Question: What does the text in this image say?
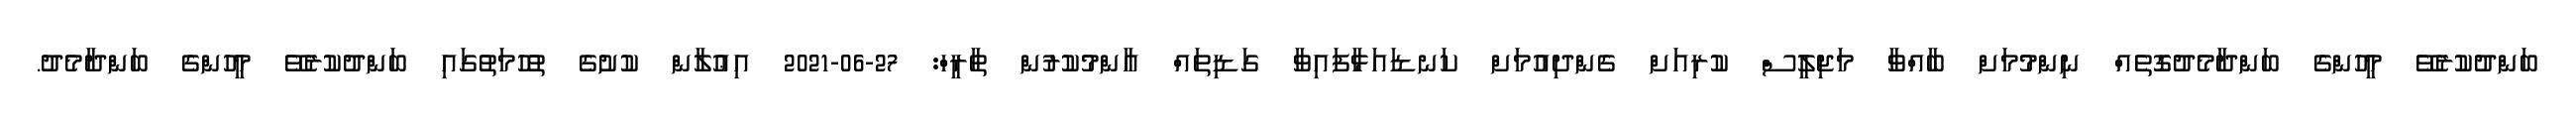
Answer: ބަންދުކުރެވޭ މީހުންގެ ބަންދާމެދުގޮތެއް ނިންމުމަށް ބާއްވާ މަޖިލީސް ކުރިއަށް ގެންދިއުމަށް ކަނޑައަޅާފައިވާ ގަޑިތައް އާންމުކުރުން ތާރީހް: 27-06-2021 އިޢުލާން ކުށުގެ ތުހުމަތުގައި ބަންދުކުރެވޭ މީހުންގެ ބަންދާމެދު.